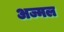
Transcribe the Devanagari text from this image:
अज्मल